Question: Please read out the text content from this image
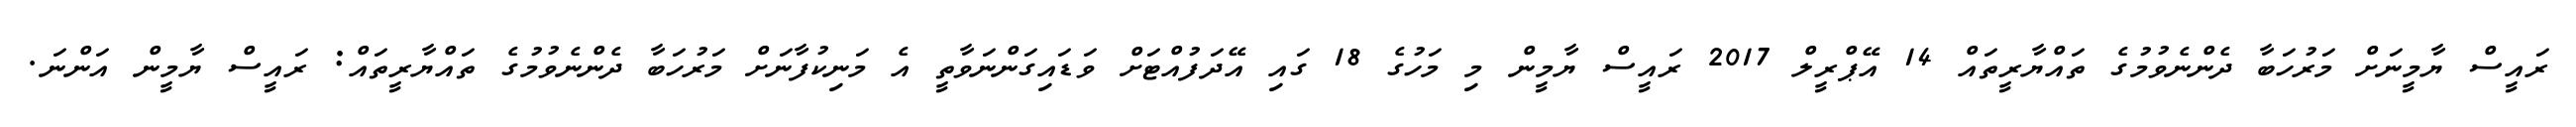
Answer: ރައީސް ޔާމީނަށް މަރުހަބާ ދެންނެވުމުގެ ތައްޔާރީތައް 14 އޭޕްރީލް 2017 ރައީސް ޔާމީން މި މަހުގެ 18 ގައި އޭދަފުއްޓަށް ވަޑައިގަންނަވާތީ އެ މަނިކުފާނަށް މަރުހަބާ ދެންނެވުމުގެ ތައްޔާރީތައް: ރައީސް ޔާމީން އަންނަ.